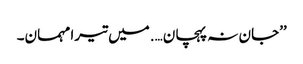
’’جان نہ پہچان….میں تیرا مہمان۔